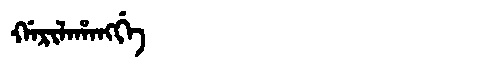
Manchu: ᡤᠠᡵᡳᠯᠠᡥᠠᠩᡤᡝ
Romanization: GARILAHANGGE